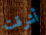
أشرقت